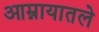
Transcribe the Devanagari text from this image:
आम्नायातले